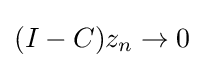
{\textstyle (I-C)z_{n}\to 0}